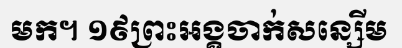
មក។ ១៩ព្រះអង្គចាក់សន្សើម